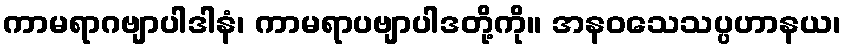
ကာမရာဂဗျာပါဒါနံ၊ ကာမရာပဗျာပါဒတို့ကို။ အနဝသေသပ္ပဟာနယ၊